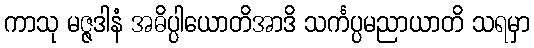
ကာသု မဇ္ဇဒါနံ အဓိပ္ပါယောတိအာဒိ သင်္ကပ္ပမညာယာတိ သရမှာ